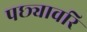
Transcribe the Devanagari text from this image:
पछ्यावरि